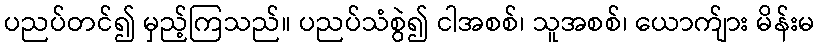
ပညပ်တင်၍ မှည့်ကြသည်။ ပညပ်သံစွဲ၍ ငါအစစ်၊ သူအစစ်၊ ယောက်ျား မိန်းမ